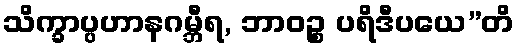
သိက္ခာပ္ပဟာနဂမ္ဘီရ, ဘာဝဉ္စ ပရိဒီပယေ”တိ